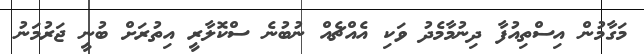
މަގާމުން އިސްތިއުފާ ދިނުމާމެދު ވަކި އެއްޗެއް ނުބުނެ ސްކޮލާރީ އިތުރަށް ބުނީ ޖަރުމަނު